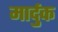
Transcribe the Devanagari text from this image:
मार्दुक